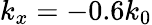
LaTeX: k_{x}=-0.6k_{0}